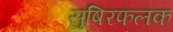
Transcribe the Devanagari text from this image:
सुषिरफलक